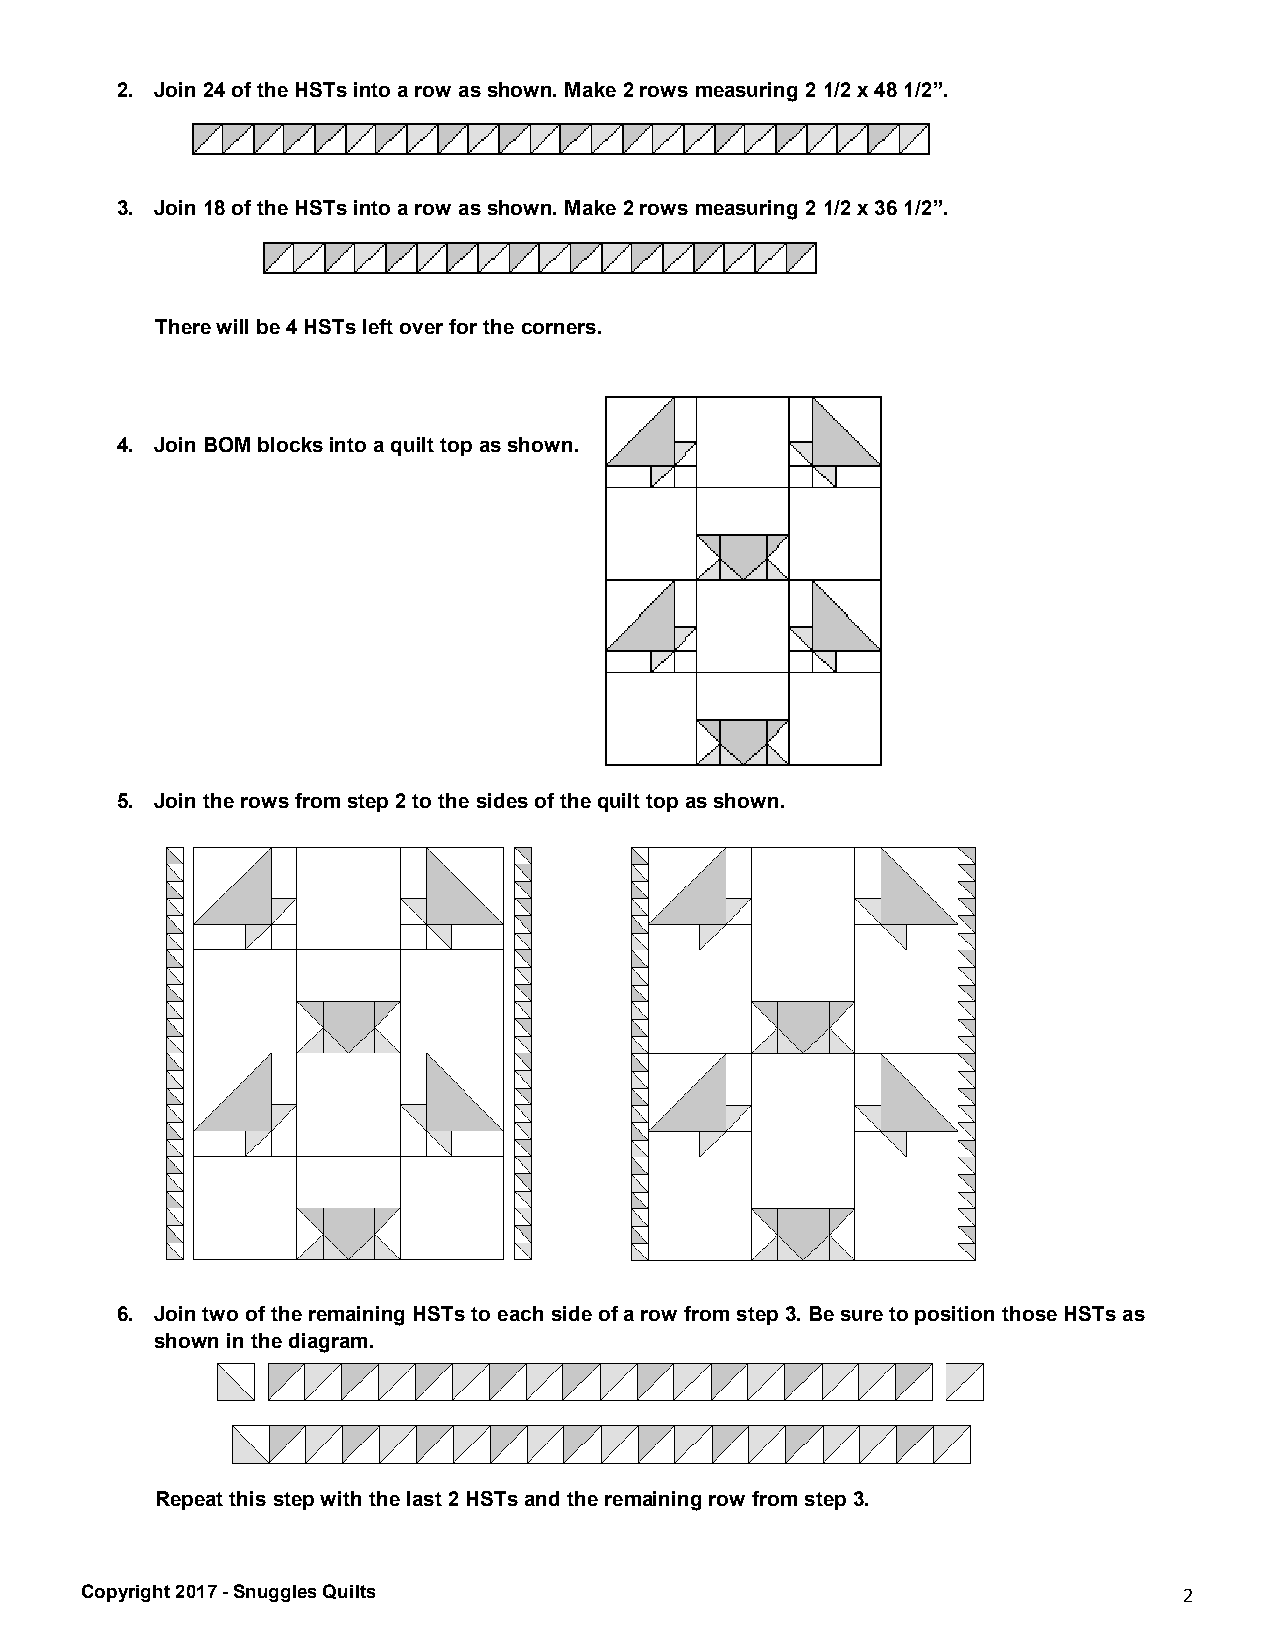
2. Join 24 of the HSTs into a row as shown. Make 2 rows measuring 2 1/2 x 48 1/2”.
 3. Join 18 of the HSTs into a row as shown. Make 2 rows measuring 2 1/2 x 36 1/2”.
 There will be 4 HSTs left over for the corners.
 4. Join BOM blocks into a quilt top as shown.
 5. Join the rows from step 2 to the sides of the quilt top as shown.
 6. Join two of the remaining HSTs to each side of a row from step 3. Be sure to position those HSTs as
 shown in the diagram.
 Repeat this step with the last 2 HSTs and the remaining row from step 3.
 Copyright 2017 - Snuggles Quilts                                         2